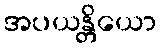
အပယန္တိယော